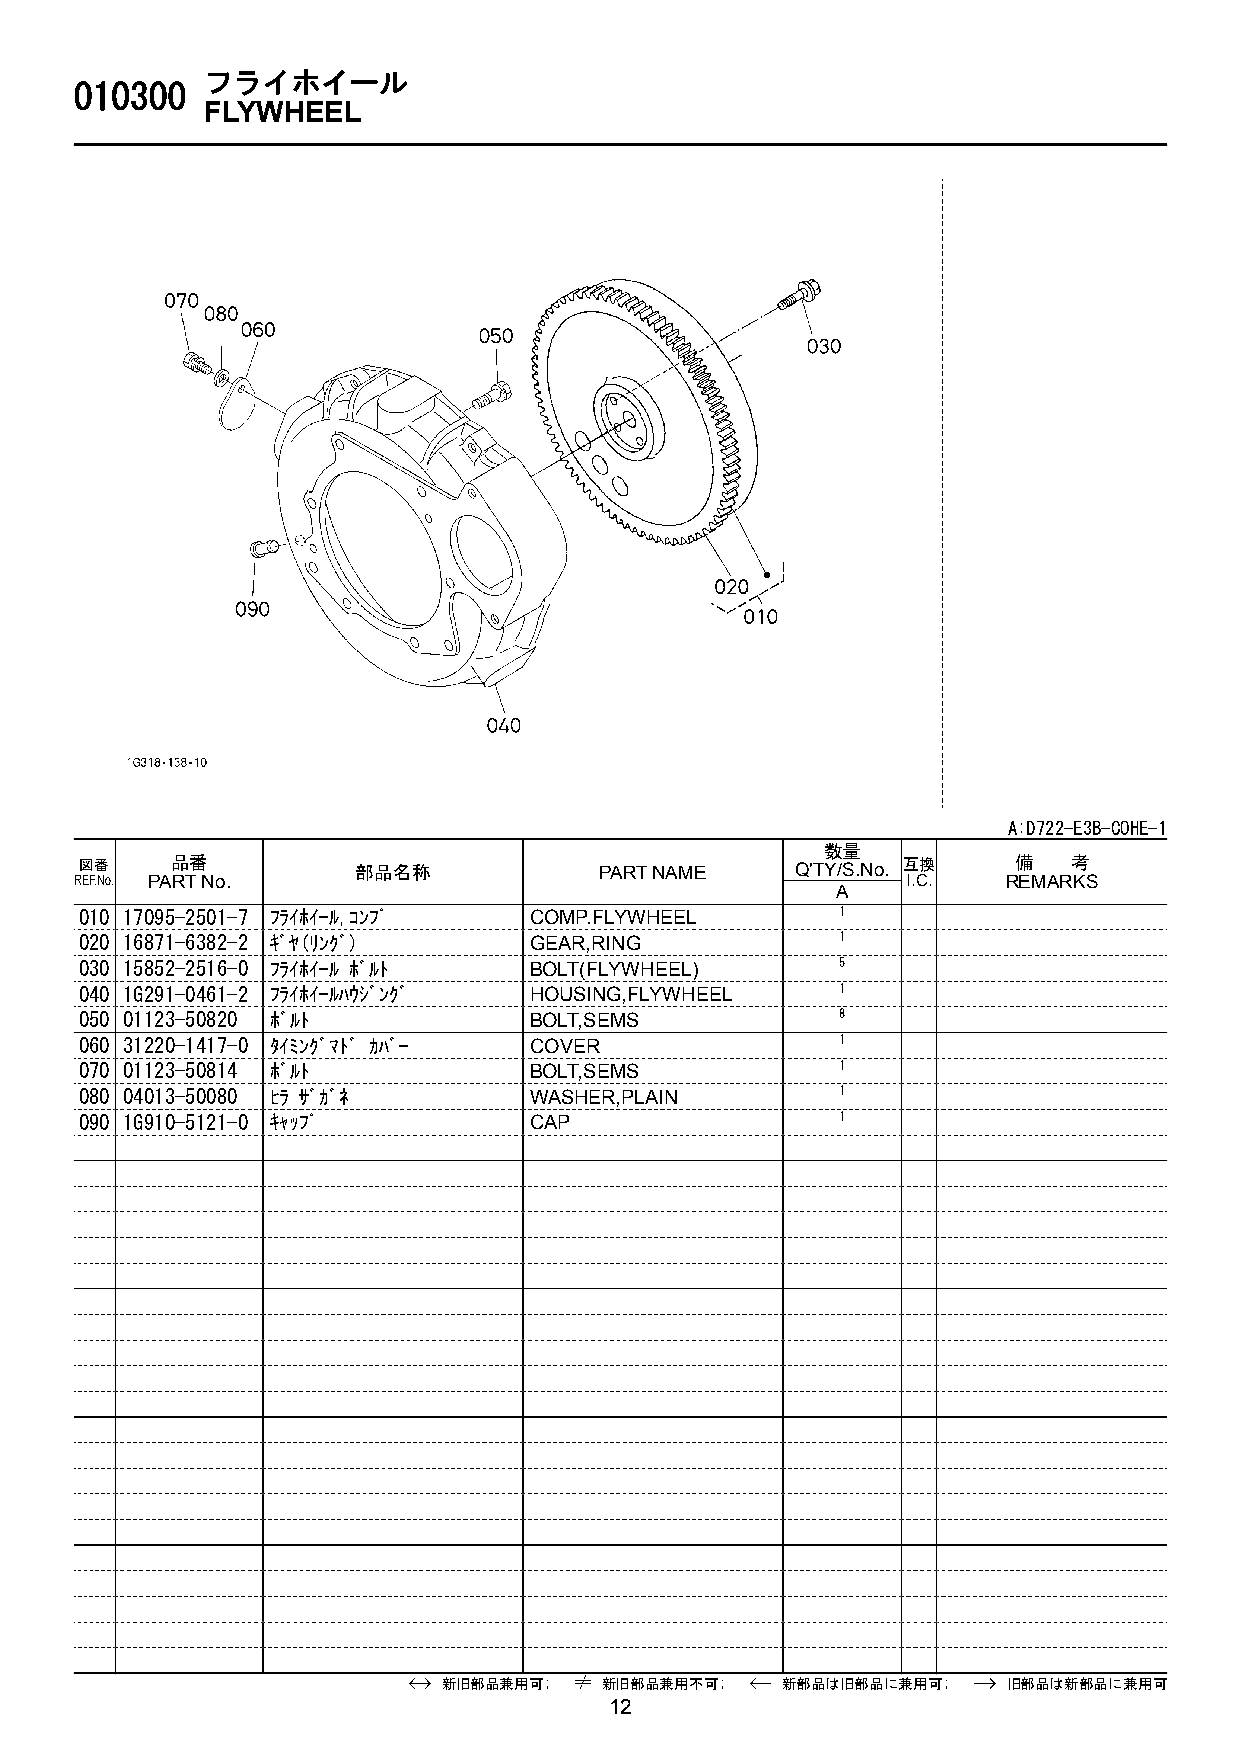
フライホイール
 010300
 FLYWHEEL
 A:D722-E3B-COHE-1
 数量
 図番    品番           部品名称            PART NAME    Q'TY/S.No. 互換 備   考
 REF.No. PART No.                                       I.C.   REMARKS
 A
 010 17095-2501-7 ﾌﾗｲﾎｲ-ﾙ,ｺﾝﾌﾟ COMP.FLYWHEEL        1
 020 16871-6382-2 ｷﾞﾔ(ﾘﾝｸﾞ)    GEAR,RING            1
 030 15852-2516-0 ﾌﾗｲﾎｲ-ﾙ ﾎﾞﾙﾄ BOLT(FLYWHEEL)       5
 040 1G291-0461-2 ﾌﾗｲﾎｲ-ﾙﾊｳｼﾞﾝｸﾞ HOUSING,FLYWHEEL   1
 050 01123-50820 ﾎﾞﾙﾄ          BOLT,SEMS            8
 060 31220-1417-0 ﾀｲﾐﾝｸﾞﾏﾄﾞ ｶﾊﾞ- COVER              1
 070 01123-50814 ﾎﾞﾙﾄ          BOLT,SEMS            1
 080 04013-50080 ﾋﾗ ｻﾞｶﾞﾈ      WASHER,PLAIN         1
 090 1G910-5121-0 ｷｬｯﾌﾟ        CAP                  1
 新旧部品兼用可;   新旧部品兼用不可;   新部品は旧部品に兼用可;   旧部品は新部品に兼用可
 12